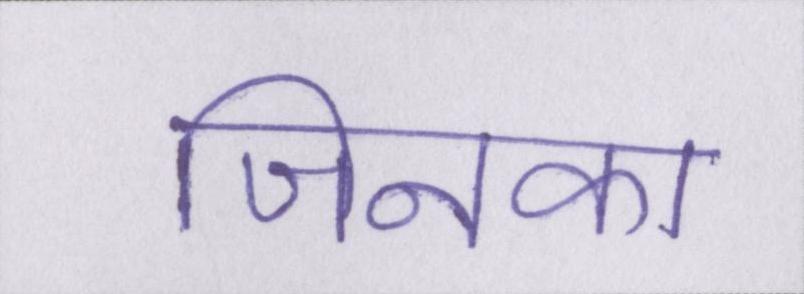
जिनका